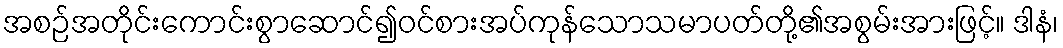
အစဉ်အတိုင်းကောင်းစွာဆောင်၍ဝင်စားအပ်ကုန်သောသမာပတ်တို့၏အစွမ်းအားဖြင့်။ ဒါနံ၊